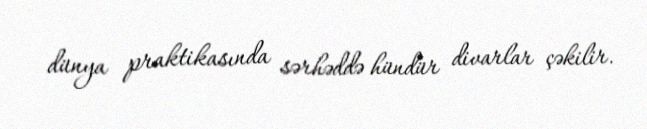
dünya praktikasında sərhəddə hündür divarlar çəkilir.